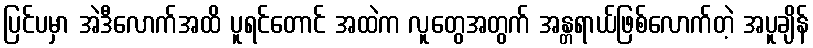
ပြင်ပမှာ အဲဒီလောက်အထိ ပူရင်တောင် အထဲက လူတွေအတွက် အန္တရာယ်ဖြစ်လောက်တဲ့ အပူချိန်